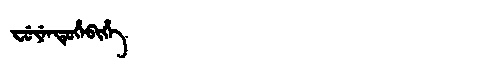
Manchu: ᠸᡠᠶᡝᠨᡩᡠᡥᡝᠪᡳᡥᡝ
Romanization: FUYENDUHEBIHE